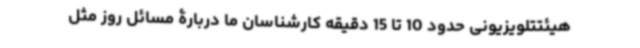
هیئتتلویزیونی حدود 10 تا 15 دقیقه کارشناسان ما دربارۀ مسائل روز مثل